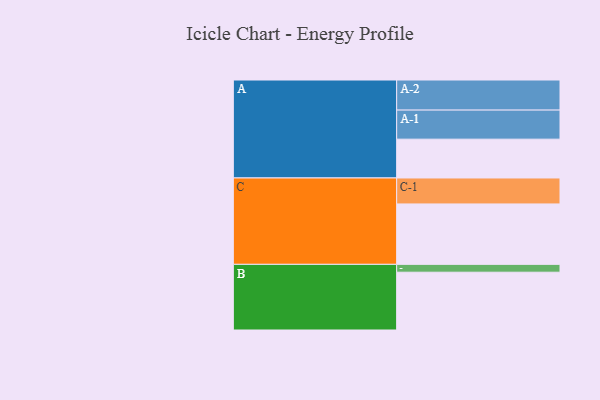
{"axis": {"x": "Segment", "y": "Value"}, "legend": ["", "A", "B", "C"], "data": [{"x": "A", "y": 311, "type": ""}, {"x": "B", "y": 463, "type": ""}, {"x": "C", "y": 484, "type": ""}, {"x": "A-1", "y": 233, "type": "A"}, {"x": "A-2", "y": 241, "type": "A"}, {"x": "B-1", "y": 63, "type": "B"}, {"x": "C-1", "y": 208, "type": "C"}]}